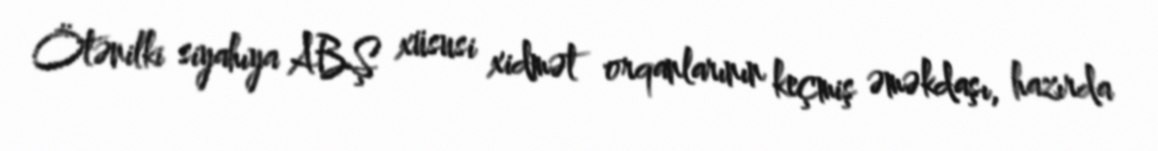
Ötənilki siyahıya ABŞ xüsusi xidmət orqanlarının keçmiş əməkdaşı, hazırda